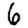
Digit: 6